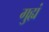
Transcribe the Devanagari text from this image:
गुह्यं